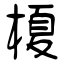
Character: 榎